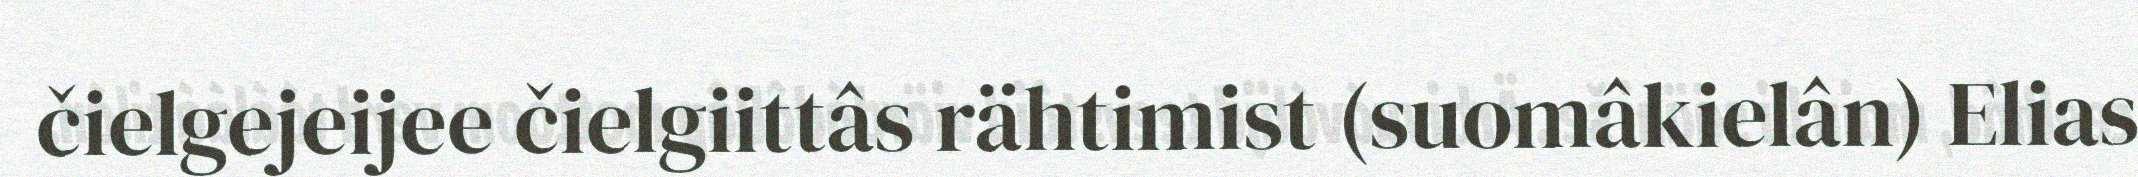
čielgejeijee čielgiittâs rähtimist (suomâkielân) Elias